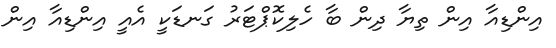
އިންޑިއާ އިން ތިޔާ ދިން ބާ ހެލިކޮޕްޓަރު ގަނޑަކީ އެއީ އިންޑިއާ އިން